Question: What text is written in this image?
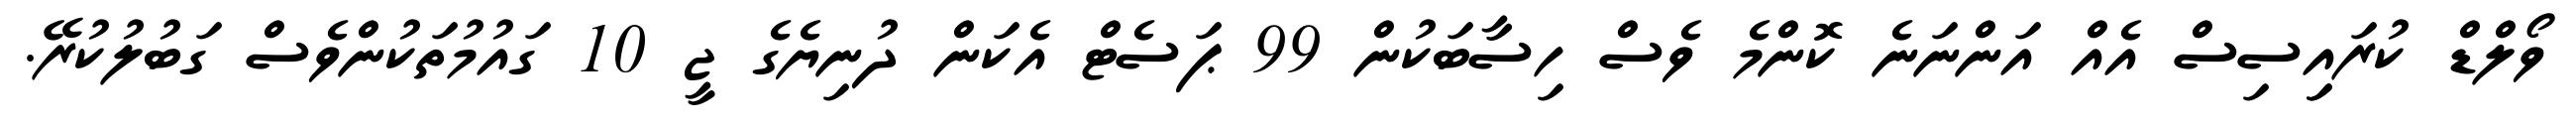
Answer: ވޯލްޑް ކުރައިިސިސް އެއް އަންނަނެ ކޮންމެ ވެސް ހިސާބަކުން 99 ޕަސެޓް އެކަން ދުނިޔެގެ ޖީ 10 ގައުމުތަކުންވެސް ގަބުލުކުރޭ.